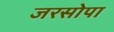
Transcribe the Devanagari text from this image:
जरसोपा